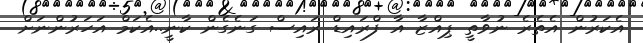
އެކަރުން އެތެރެ ނުވާތީ ޕިއްޒާ އާ ފްރައިޑް ރައިސް ގަނެގެން ކާނީ..އެކަމް އަހަރުންނަށް